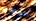
العصابه